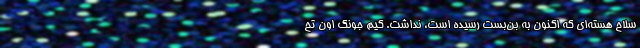
سلاح هسته‌ای که اکنون به بن‌بست رسیده است، نداشت. کیم جونگ اون تح